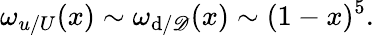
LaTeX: \omega_{u/U}(x)\sim\omega_{\mathrm{d}/\mathscr{D}}(x)\sim(1-x)^{5}.